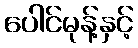
ပေါင်မုန့်နှင့်